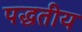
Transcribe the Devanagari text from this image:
पद्धतीय